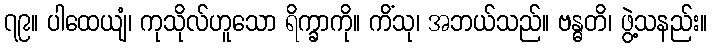
၇၉။ ပါထေယျံ၊ ကုသိုလ်ဟူသော ရိက္ခာကို။ ကိံသု၊ အဘယ်သည်။ ဗန္ဓတိ၊ ဖွဲ့သနည်း။